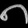
Digit: ၈